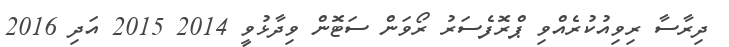
ދިރާސާ ރިވިއުކުރެއްވި ޕްރޮފެސަރު ރޯވަން ސަޓޮން ވިދާޅުވީ 2014 2015 އަދި 2016